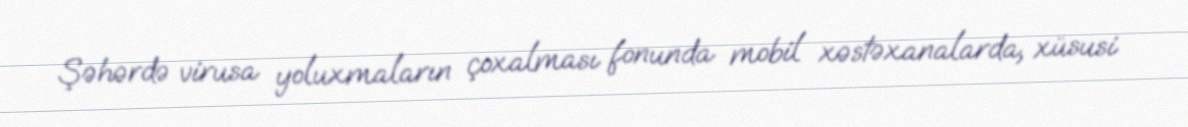
Şəhərdə virusa yoluxmaların çoxalması fonunda mobil xəstəxanalarda, xüsusi